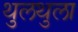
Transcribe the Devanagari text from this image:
थुलथुला